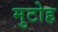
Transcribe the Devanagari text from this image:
मुटोह